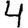
Digit: 4